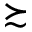
\succsim